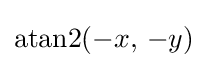
\mathrm {atan2} ({-x},\,{-y})